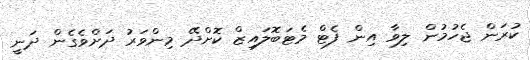
ކުރަން ޖެހުމުން ލިވާ އިން ފެޓް މެޓަބޮލައިޒް ކޮށްދޭ މިންވަރު ދަށްވެގެން ދަނީ